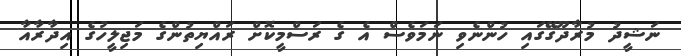
ނަޝީދު މުރާދޫގޭގައި ހުންނެވި ނަމަވެސް އެ ގެ ރަސްމީކޮށް ރައްޔިތުންގެ މަޖިލީހުގެ އިދާރާއާ